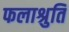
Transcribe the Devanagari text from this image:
फलाश्रुति